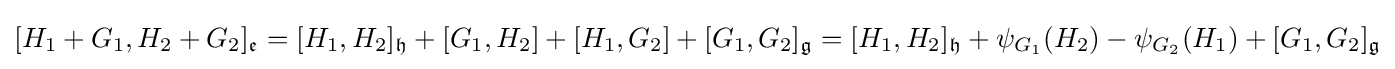
[H_{1}+G_{1},H_{2}+G_{2}]_{\mathfrak {e}}=[H_{1},H_{2}]_{\mathfrak {h}}+[G_{1},H_{2}]+[H_{1},G_{2}]+[G_{1},G_{2}]_{\mathfrak {g}}=[H_{1},H_{2}]_{\mathfrak {h}}+\psi _{G_{1}}(H_{2})-\psi _{G_{2}}(H_{1})+[G_{1},G_{2}]_{\mathfrak {g}}